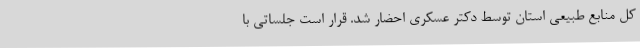
کل منابع طبیعی استان توسط دکتر عسکری احضار شد. قرار است جلساتی با